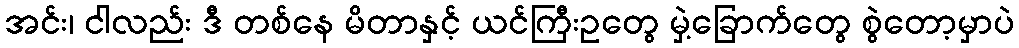
အင်း၊ ငါလည်း ဒီ တစ်နေ မိတာနှင့် ယင်ကြီးဥတွေ မှဲ့ခြောက်တွေ စွဲတော့မှာပဲ